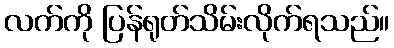
လက်ကို ပြန်ရုတ်သိမ်းလိုက်ရသည်။